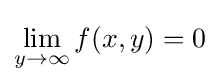
\lim _{y\to \infty }f(x,y)=0